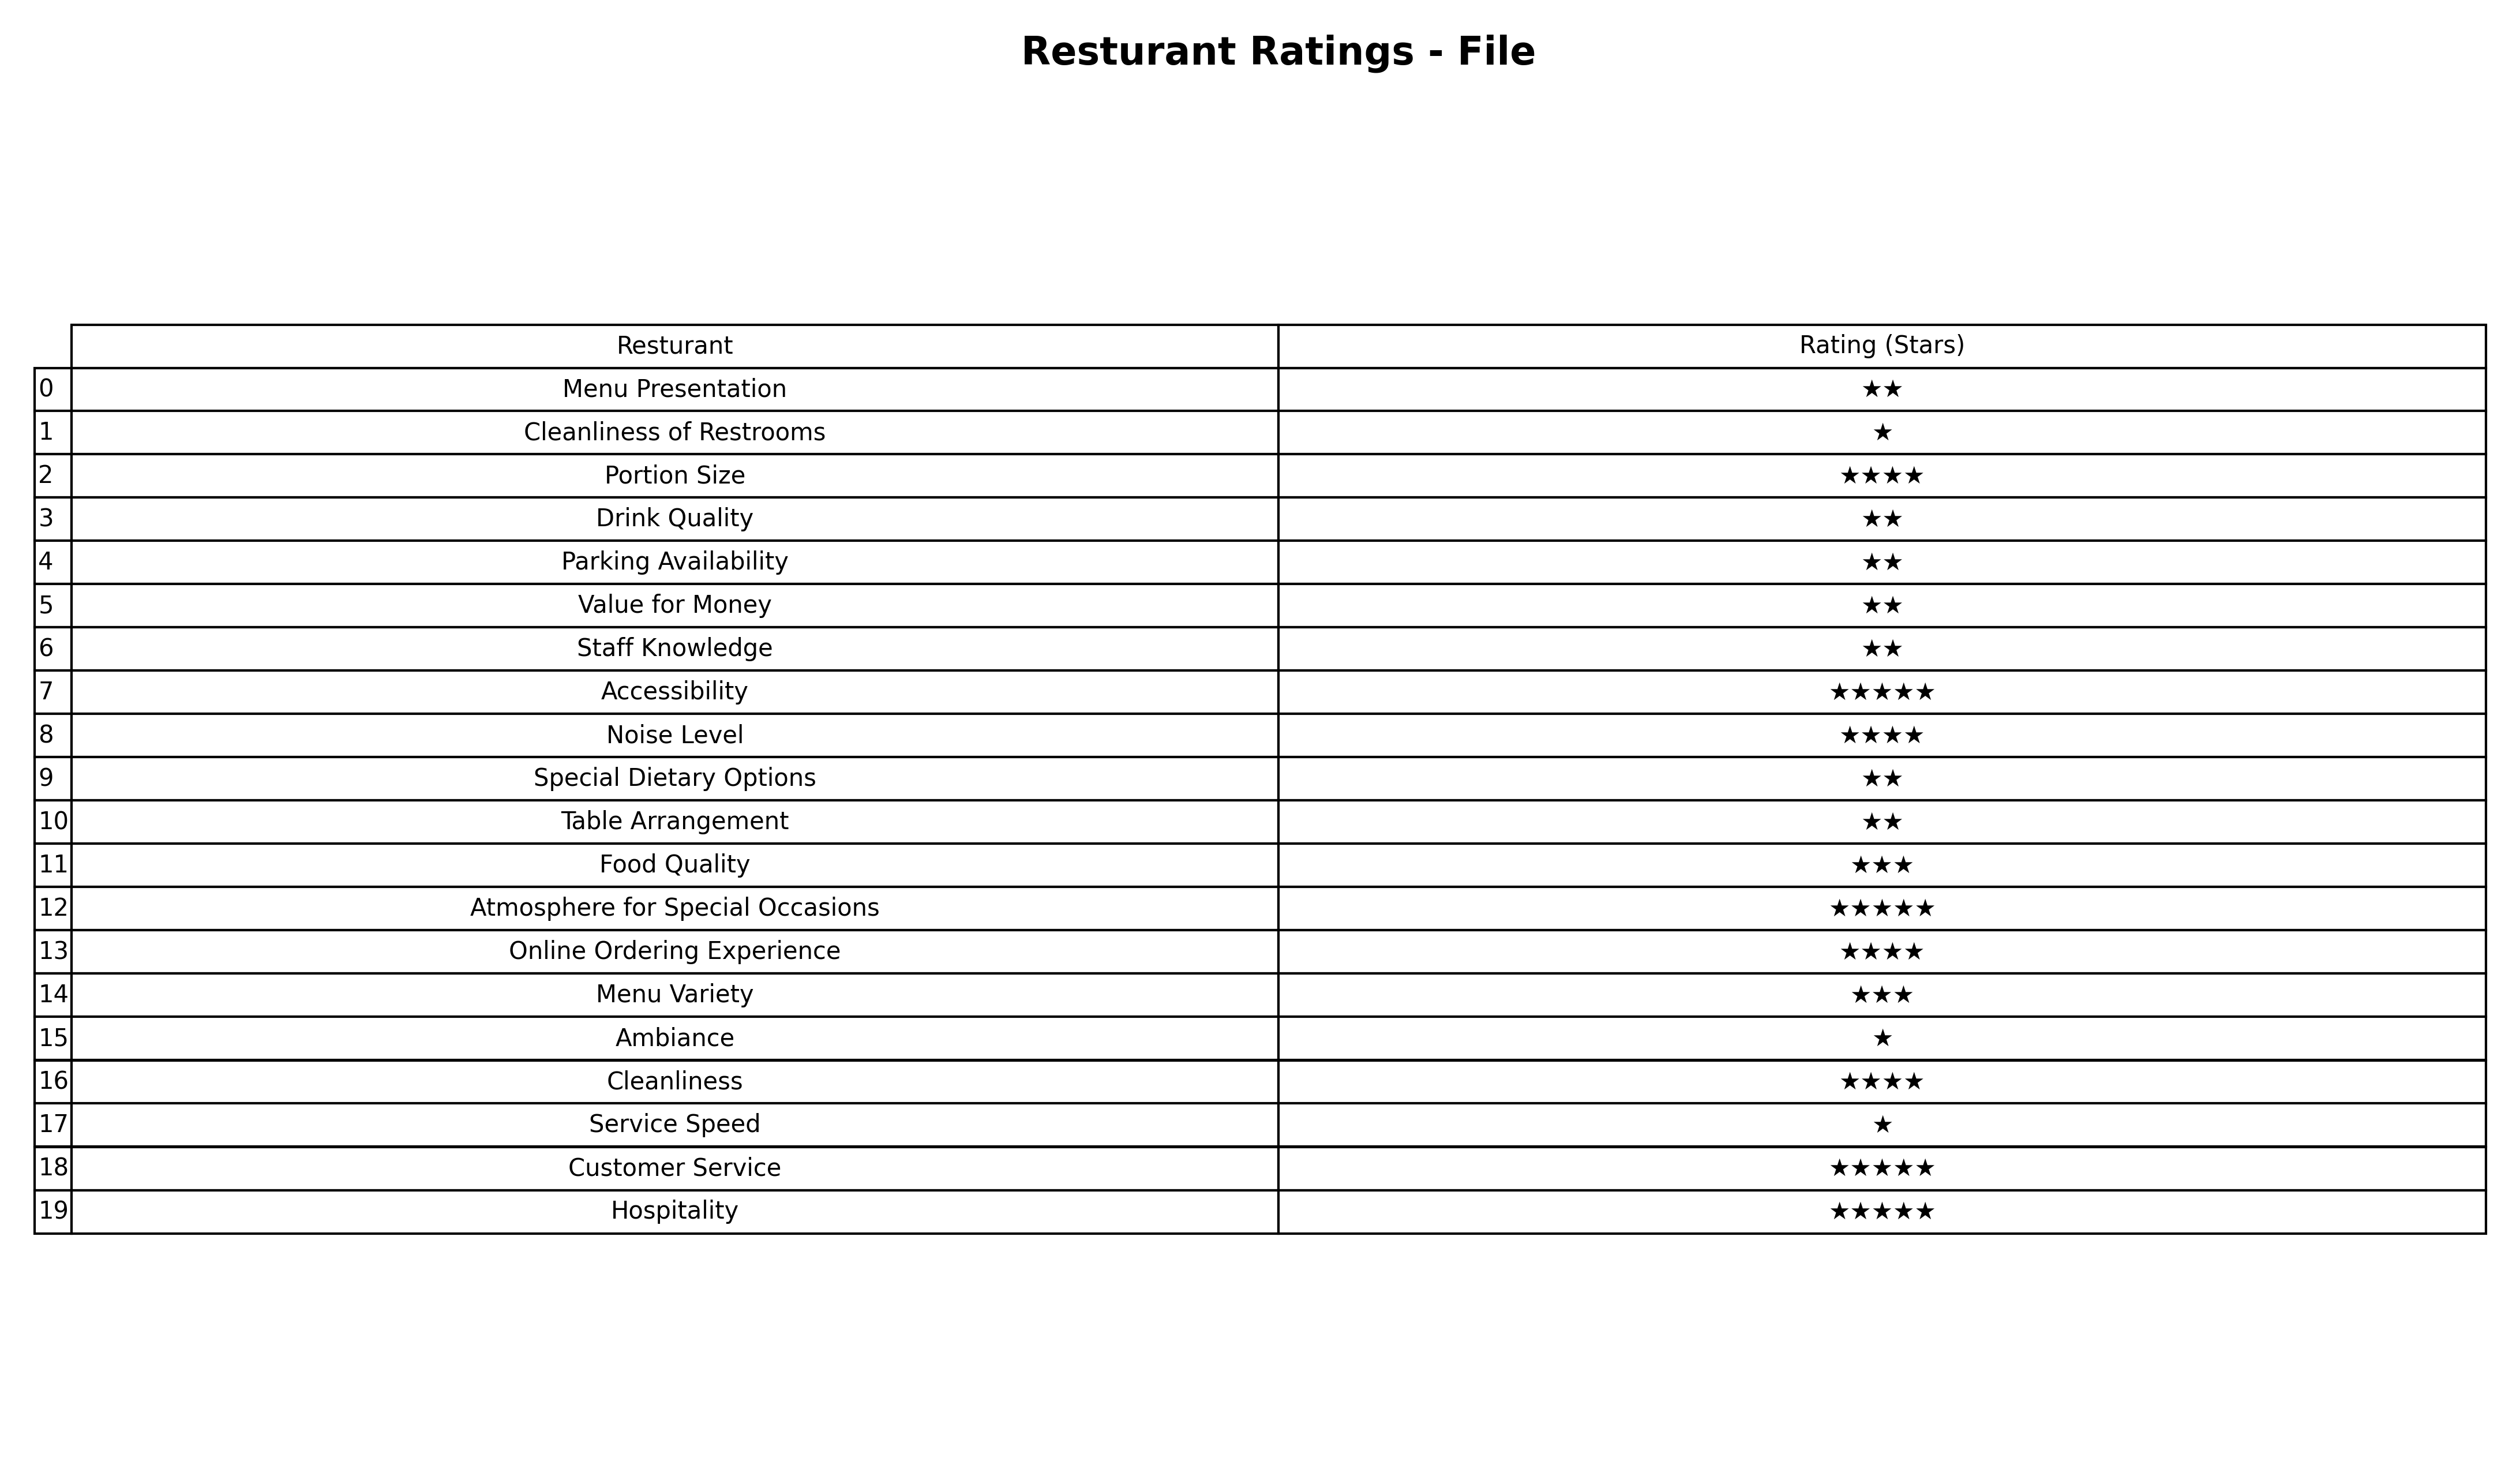
question: What are five star services?
answer: AccessibilityAtmosphere for Special OccasionsCustomer ServiceHospitality